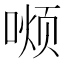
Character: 𫫏